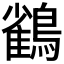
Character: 𮭕